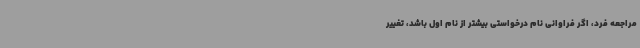
مراجعه فرد، اگر فراوانی نام درخواستی بیشتر از نام اول باشد، تغییر